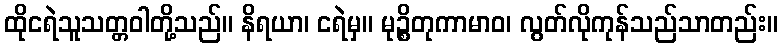
ထိုငရဲသူသတ္တဝါတို့သည်။ နိရယာ၊ ငရဲမှ။ မုဉ္စိတုကာမာဝ၊ လွတ်လိုကုန်သည်သာတည်း။